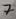
Text: 7